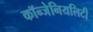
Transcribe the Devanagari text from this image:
कॉन्जेनियलिटी